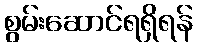
စွမ်းဆောင်ရရှိရန်